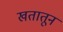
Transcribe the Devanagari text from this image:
खतातून